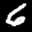
Label: 6